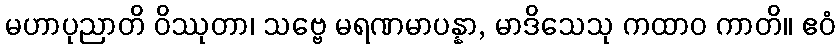
မဟာပုညာတိ ဝိဿုတာ၊ သဗ္ဗေ မရဏမာပန္နာ, မာဒိသေသု ကထာဝ ကာတိ။ ဧဝံ